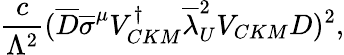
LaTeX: {\frac{c}{\Lambda^{2}}}(\overline{{{D}}}{\overline{{\sigma}}}^{\mu}V_{CKM}^{\dagger}{\overline{{{\lambda}}}_{U}^{2}}V_{CKM}D)^{2},